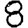
Digit: 8